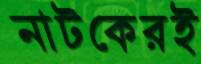
নাটকেরই